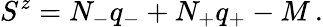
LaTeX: S^{z}=N_{-}q_{-}+N_{+}q_{+}-M\, .